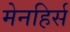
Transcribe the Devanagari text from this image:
मेनहिर्स